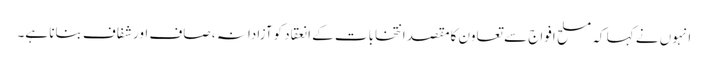
انہوں نے کہا کہ مسلح افواج سے تعاون کامقصد انتخابات کے انعقاد کوآزادانہ ، صاف اور شفاف بنانا ہے۔